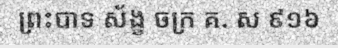
ព្រះបាទ ស័ង្ខ ចក្រ គ. ស ៩១៦